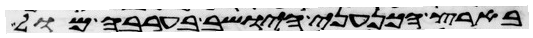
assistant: בארץ הכנעני הישב בערבה מול